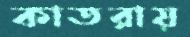
কাতরায়